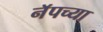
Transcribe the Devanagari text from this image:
नॅपच्या